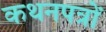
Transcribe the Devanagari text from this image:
कथनपत्रों